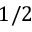
1 / 2